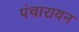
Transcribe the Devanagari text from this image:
पंचारायन